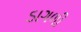
ડાગળી